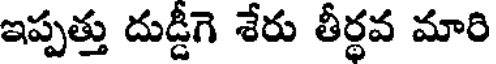
ఇప్పత్తు దుడ్డీగె శేరు తీర్థవ మారి